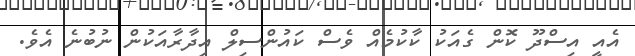
އެއީ އިސްދޫ ކޮން ގެއަކު ކާކުމެއް ވެސް ކައުންސިލް އިދާރާއަކުން ނުބުނެ އެވެ.